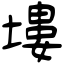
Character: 塿